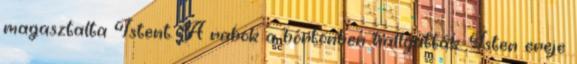
magasztalta Istent. A rabok a börtönben hallgatták. Isten ereje